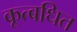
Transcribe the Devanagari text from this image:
कूत्बधित